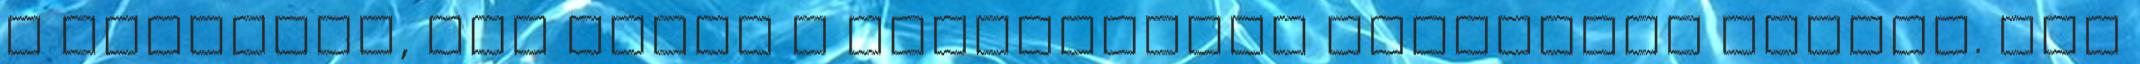
a kislányé, aki magát a multiverzum őrzőjének tartja. Nem